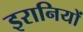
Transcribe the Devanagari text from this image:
इरानियों